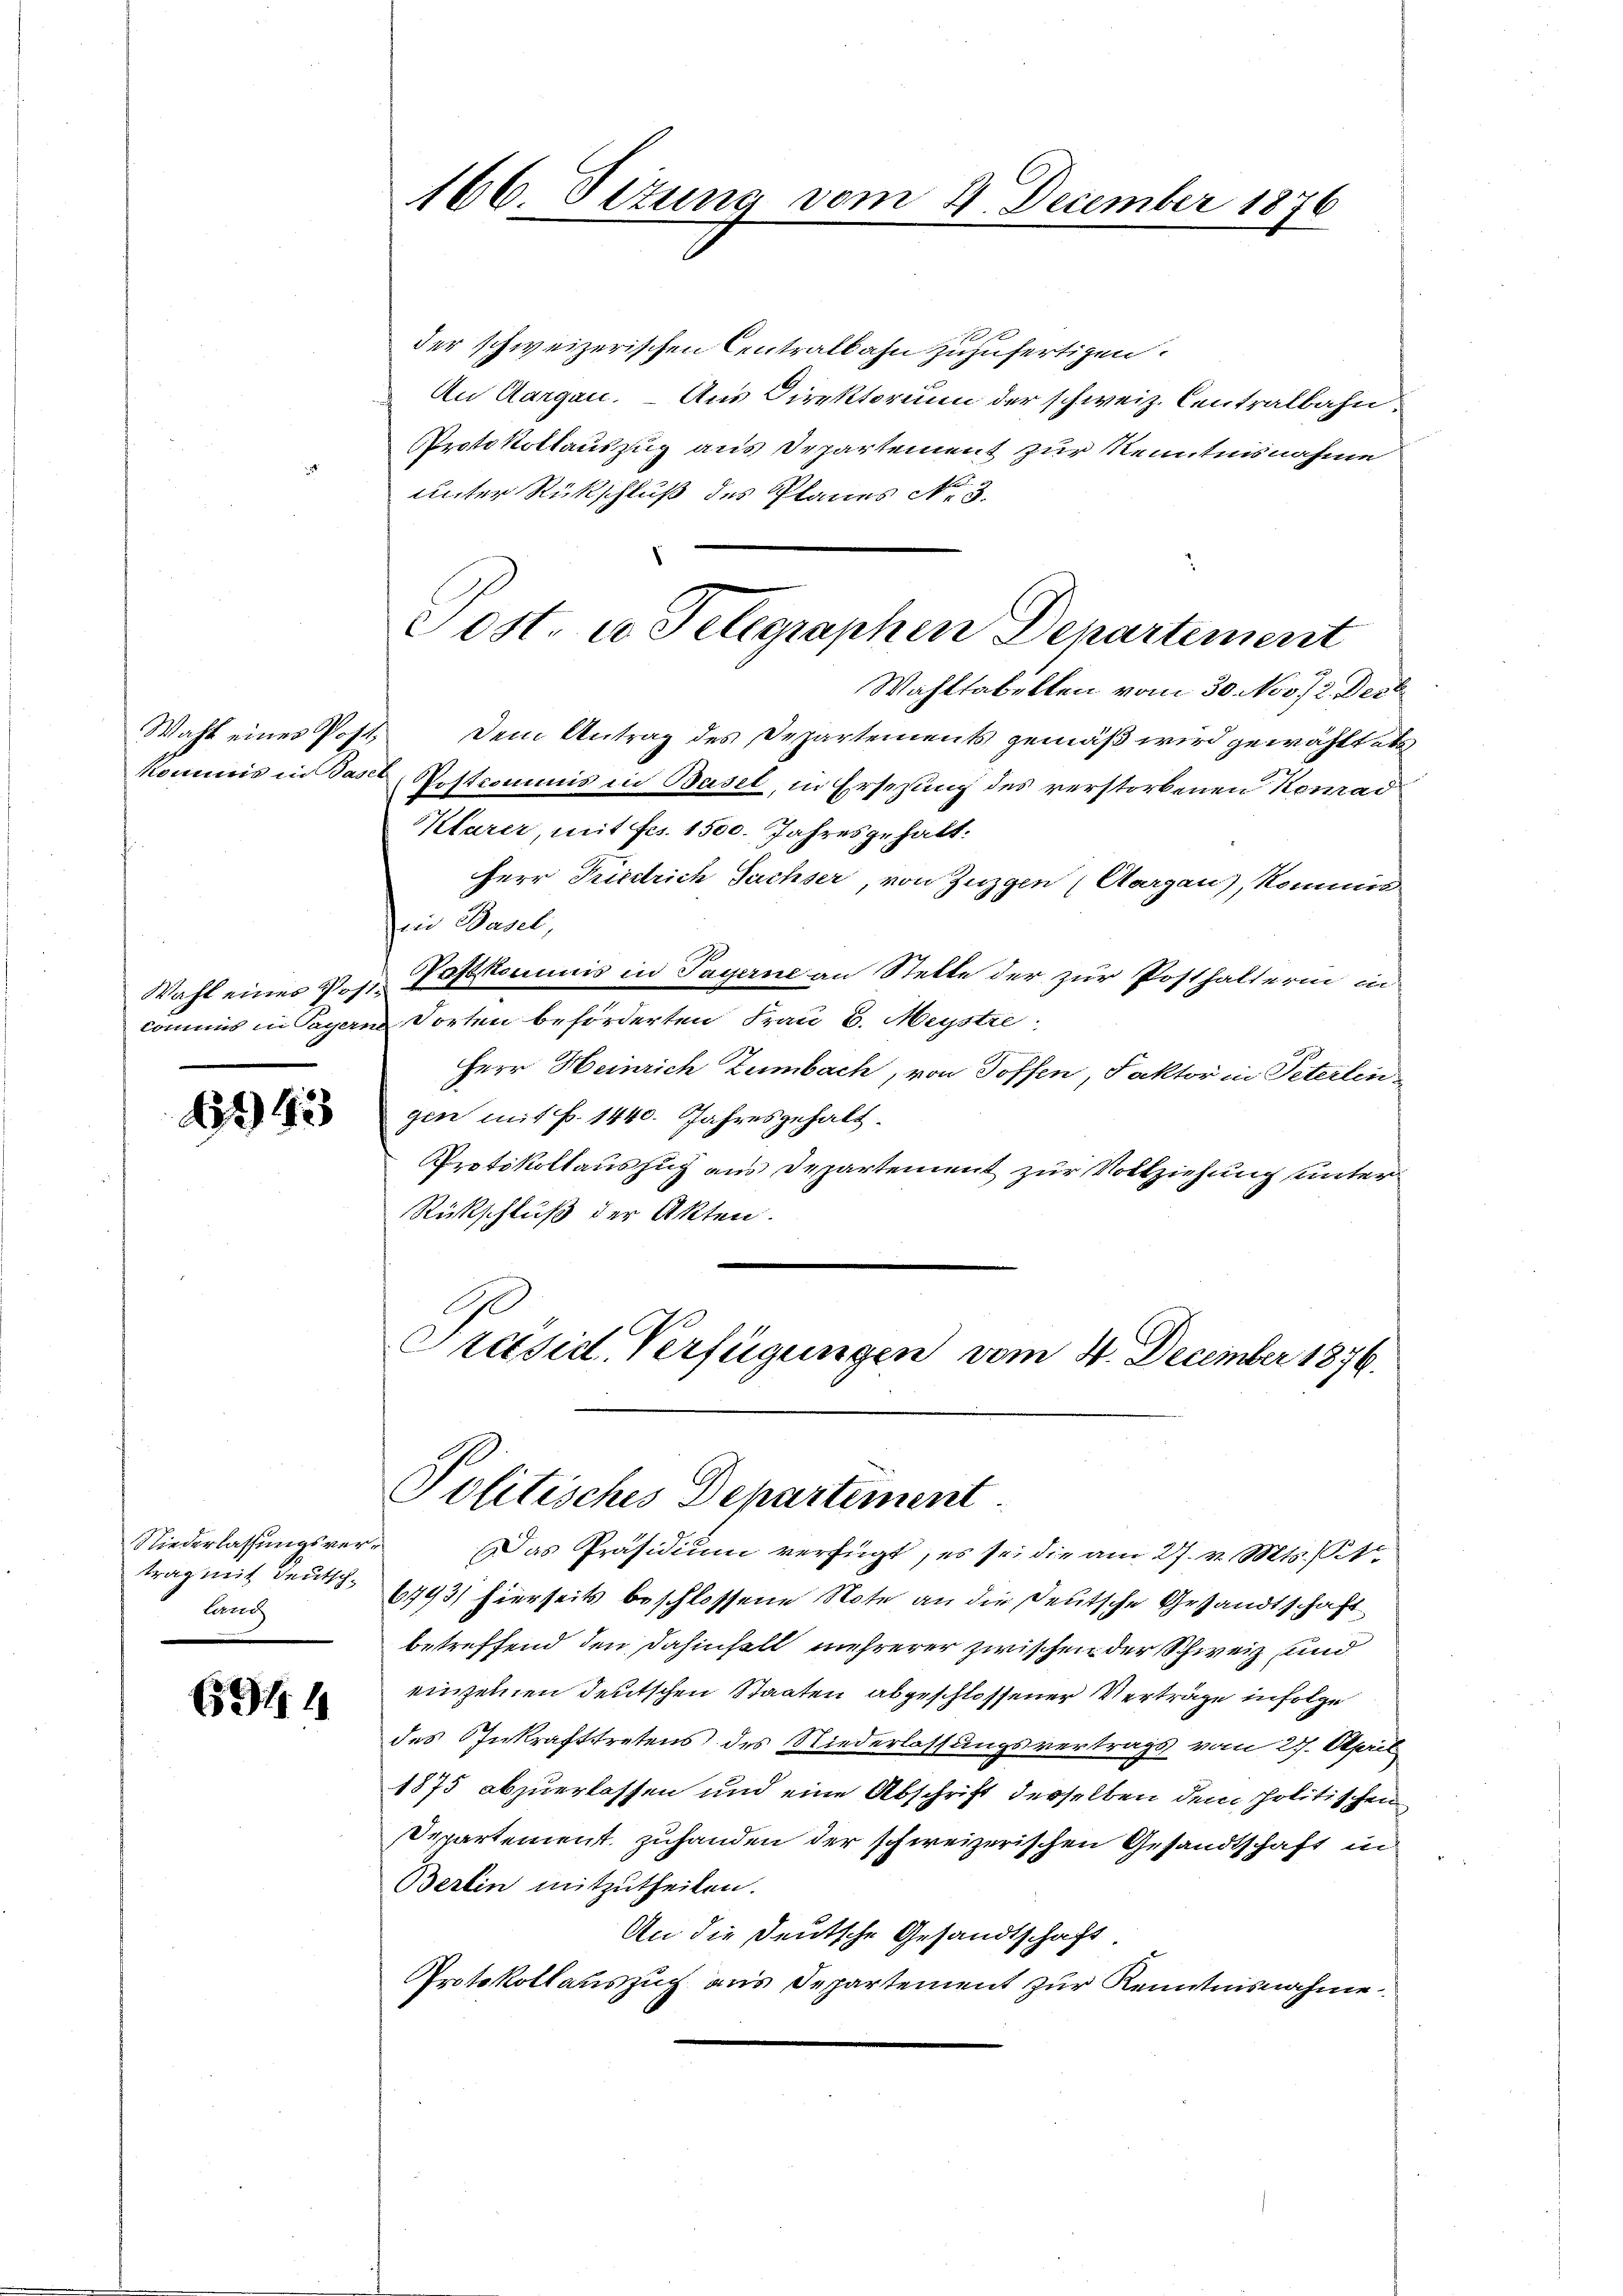
6343

.

Niederlassungsvertorenz

691. 4

s
der schweizerischen Centralbahn zuzufertigen.
An Aargau. – Aus Direktorium der schweiz. Centralbahn
Protokollauszug aus Departement zur Kenntnisnahme
unter Rückschluß des Planes No 3.
Wahltabelten vom 30. Nov. 12. Deck
Wahl eines Post. Dem Antrag des Departements gemäß wird gewähltete
Kommis in Basel Restcommis in Basel, in Ersezung des verstorbenen Konrad
Klarer, mit Fr. 1500. Jahresgehalt:
Herr Friedrich Sachser, von Zuzgen (Aargau), kommisen Pers
Wahl eines 21. Postkommis in Payerne an Stelle der zur Posthalterin in
commis in Payern dorten beförderten Frau E. Meystre
Herr Heinrich Zumbach, von Toffen, Faktor in Peterlingen mit P. 1440. Jahresgehalt¬
Protokollauszug aus Departement zur Vollziehung unter
Rückschluß der Akten.
Präsid. Verfügungen vom 4. December 1876.

166. Sizung vom 4. December 1876

Sost. u Telegraphen Departement

Politisches Departement

Das Präsidium verfügt, es sei die am 27. v. Mts. t
trag mit Deutsch 1943/ hierseits beschlossene Note an die Deutsche Gesandtschaft
betreffend den dahinfall mehrerer zwischen der Schweiz und
einzelnen deutschen Staaten abgeschlossener Verträge infolge
des Inkrafttretens des Niederlassungsvertrags vom 27. April
1875 abzuerlassen und eine Abschrift derselben dem Politischen
Departement zuhanden der schweizerischen Gesandtschaft in
Berlin mitzutheilen.
An die Deutsche Gesandtschaft.
Protokollauszug aus Departement zur Kenntnisnahme